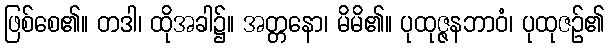
ဖြစ်စေ၏။ တဒါ၊ ထိုအခါ၌။ အတ္တနော၊ မိမိ၏။ ပုထုဇ္ဇနဘာဝံ၊ ပုထုဇဉ်၏